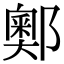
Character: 𨞓